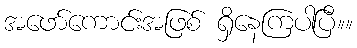
အဖော်ကောင်းအဖြစ် ရှိနေကြပါပြီ။။